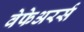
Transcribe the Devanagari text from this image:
वेफेअरर्स